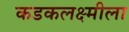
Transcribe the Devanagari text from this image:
कडकलक्ष्मीला